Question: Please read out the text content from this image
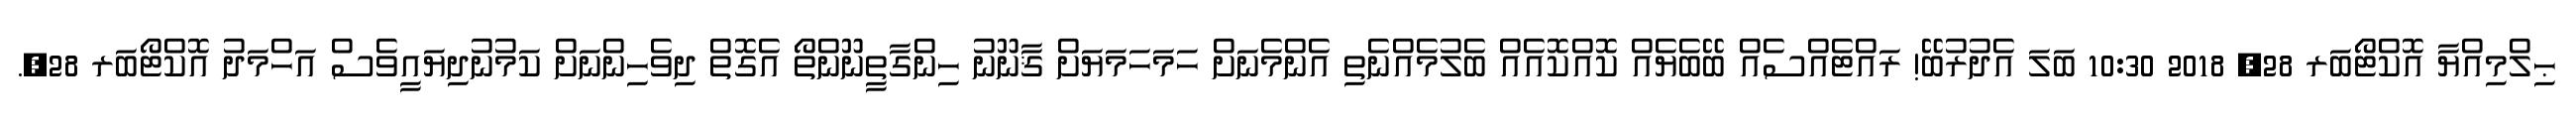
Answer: ޙިލްމިއްޔާ އޮކްޓޯބަރ 28, 2018 10:30 ބަލަ އެދުރުބޭ! ރައްޓެއްސެއް ބޭބެޔެއް ކޮއްކޮއެއް ބެލުމެއްނެތި އެންމެނަށް ހަމަހަމަޔަށް ޤާނޫނު ހިންގާތީނޫންތޯ އެގޮތް ދިވެހިންނަށް ކަމުނުދިޔައީވެސް އަހްމަދު އޮކްޓޯބަރ 28,.